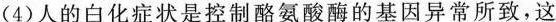
( 4 )人的白化症状是控制酪氨酸酶的基因异常所致，这